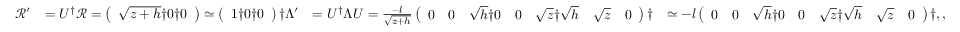
\begin{array} { r l r l } { \mathcal { R } ^ { \prime } } & { = U ^ { \dagger } \mathcal { R } = \left( \begin{array} { l } { \sqrt { z + h } \dag 0 \dag 0 } \end{array} \right) \simeq \left( \begin{array} { l } { 1 \dag 0 \dag 0 } \end{array} \right) \dag \Lambda ^ { \prime } } & { = U ^ { \dagger } \Lambda U = \frac { - l } { \sqrt { z + h } } \left( \begin{array} { l l l l l l l } { 0 } & { 0 } & { \sqrt { h } \dag 0 } & { 0 } & { \sqrt { z } \dag \sqrt { h } } & { \sqrt { z } } & { 0 } \end{array} \right) \dag } & { \simeq - l \left( \begin{array} { l l l l l l l } { 0 } & { 0 } & { \sqrt { h } \dag 0 } & { 0 } & { \sqrt { z } \dag \sqrt { h } } & { \sqrt { z } } & { 0 } \end{array} \right) \dag , , } \end{array}